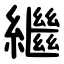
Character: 繼